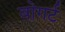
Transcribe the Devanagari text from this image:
बोगर्ट